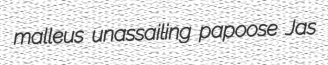
malleus unassailing papoose Jas